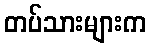
တပ်သားများက